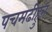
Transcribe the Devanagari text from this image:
पचमढीहुन